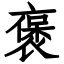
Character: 褒